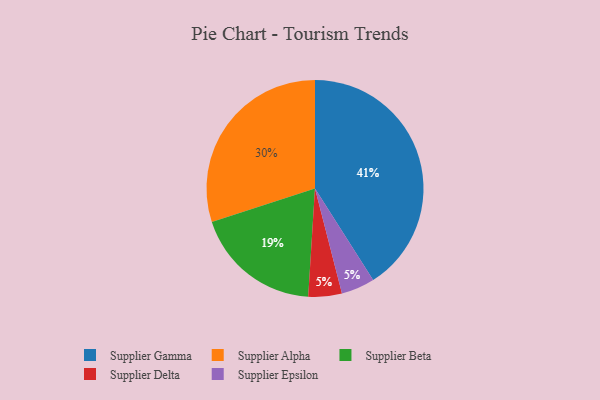
{"axis": {"x": "Category", "y": "Percentage"}, "legend": ["Supplier Alpha", "Supplier Beta", "Supplier Delta", "Supplier Epsilon", "Supplier Gamma"], "data": [{"x": "Supplier Beta", "y": 19, "type": "Supplier Beta"}, {"x": "Supplier Delta", "y": 5, "type": "Supplier Delta"}, {"x": "Supplier Gamma", "y": 41, "type": "Supplier Gamma"}, {"x": "Supplier Alpha", "y": 30, "type": "Supplier Alpha"}, {"x": "Supplier Epsilon", "y": 5, "type": "Supplier Epsilon"}]}